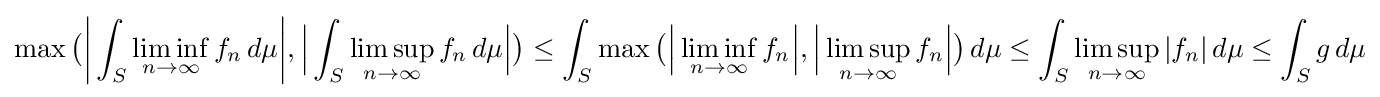
\max {\bigl (}{\biggl |}\int _{S}\liminf _{n\to \infty }f_{n}\,d\mu {\biggr |},{\Bigl |}\int _{S}\limsup _{n\to \infty }f_{n}\,d\mu {\Bigr |}{\bigr )}\leq \int _{S}\max {\bigl (}{\Bigl |}\liminf _{n\to \infty }f_{n}{\Bigr |},{\Bigl |}\limsup _{n\to \infty }f_{n}{\Bigr |}{\bigr )}\,d\mu \leq \int _{S}\limsup _{n\to \infty }|f_{n}|\,d\mu \leq \int _{S}g\,d\mu